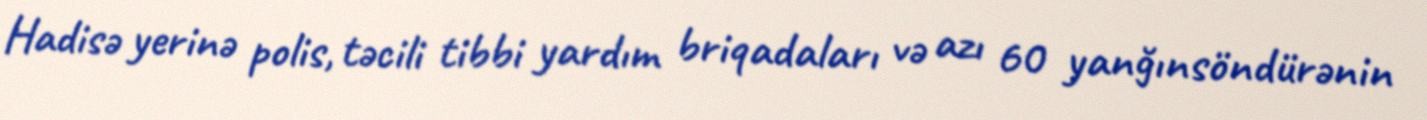
Hadisə yerinə polis, təcili tibbi yardım briqadaları və azı 60 yanğınsöndürənin